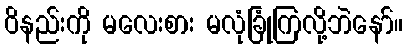
ဝိနည်းကို မလေးစား မလုံခြုံကြလို့ဘဲနော်။